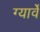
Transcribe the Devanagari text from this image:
ग्यार्वे